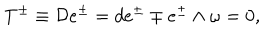
T ^ { \pm } \equiv { \cal D } e ^ { \pm } = d e ^ { \pm } \mp e ^ { \pm } \wedge \omega = 0 ,